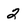
Character: 2